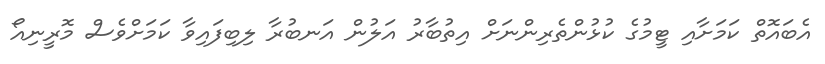
އެބައޮތް ކަމަށާއި ޓީމުގެ ކުޅުންތެރިންނަށް އިތުބާރު އަލުން އަނބުރާ ލިބިފައިވާ ކަމަށްވެސް މޮރީނިއޯ